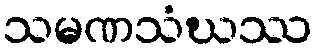
သမဏသံဃဿ